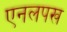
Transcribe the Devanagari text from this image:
एनलपख